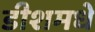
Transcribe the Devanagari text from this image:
डीशमधे